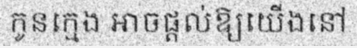
កូនក្មេង អាចផ្តល់ឱ្យយើងនៅ